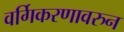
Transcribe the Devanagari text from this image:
वर्गिकरणावरुन